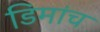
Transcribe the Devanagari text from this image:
डिमांच